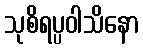
သုစိရပ္ပဝါသိနော